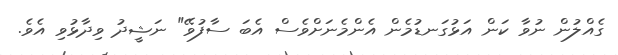
ގެއްލުން ނުވާ ކަން އަޅުގަނޑުމެން އެންމެނަށްވެސް އެބަ ސާފުވޭ" ނަޝީދު ވިދާޅުވި އެވެ.